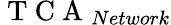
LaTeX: \mathrm{~T~C~A~}_{Network}